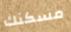
مسكنك